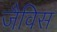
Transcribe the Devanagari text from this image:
जैविस